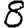
Digit: 8